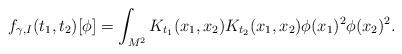
LaTeX: \begin{align*} f_{\gamma, I}(t_1, t_2)[\phi] = \int_{M^2} K_{t_1}(x_1, x_2) K_{t_2}(x_1, x_2) \phi(x_1)^2 \phi(x_2)^2 .\end{align*}